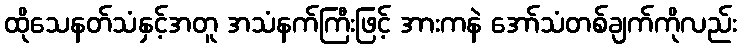
ထိုသေနတ်သံနှင့်အတူ အသံနက်ကြီးဖြင့် အားကနဲ အော်သံတစ်ချက်ကိုလည်း